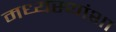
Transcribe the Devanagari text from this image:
मध्यस्थांशा